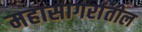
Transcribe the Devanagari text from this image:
महासागरांतील